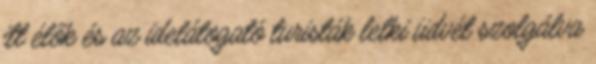
itt élők és az idelátogató turisták lelki üdvét szolgálva